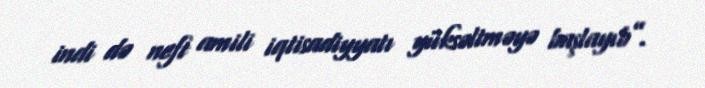
indi də neft amili iqtisadiyyatı yüksəltməyə başlayıb”.